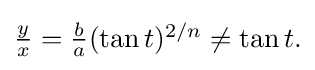
{\textstyle {\frac {y}{x}}={\frac {b}{a}}(\tan t)^{2/n}\neq \tan t.}